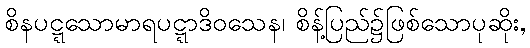
စိနပဋ္ဋသောမာရပဋ္ဋာဒိဝသေန၊ စိန့်ပြည်၌ဖြစ်သောပုဆိုး,